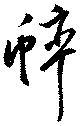
蟀